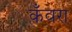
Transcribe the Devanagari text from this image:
कँवरा